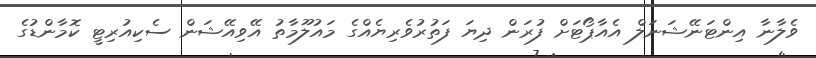
ވެލާނާ އިންޓަނޭޝަނަލް އެއާޕޯޓަށް ފުރަން ދިޔަ ފަތުރުވެރިޔެއްގެ މައުލޫމާތު އޭވިއޭޝަން ސެކިއުރިޓީ ކޮމާންޑުގެ